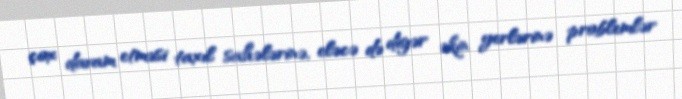
çox davam etməsi taxıl sahələrinə, eləcə də digər əkin yerlərinə problemlər